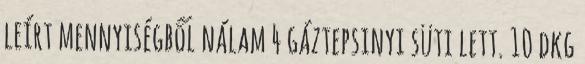
leírt mennyiségből nálam 4 gáztepsinyi süti lett. 10 dkg